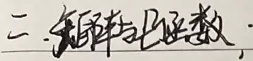
二、矩阵与向量 ；